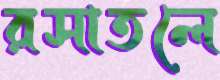
রসাতলে